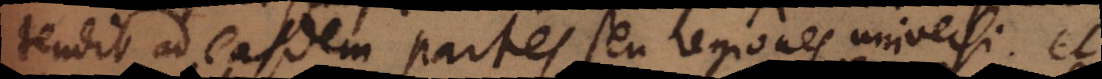
tendit ad easdem partes seu regiones universi et